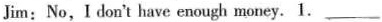
Jim:No,Idon't have enough money.1___.